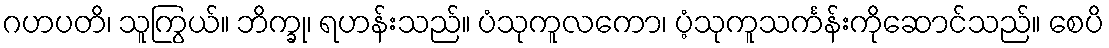
ဂဟပတိ၊ သူကြွယ်။ ဘိက္ခု၊ ရဟန်းသည်။ ပံသုကူလကော၊ ပံ့သုကူသင်္ကန်းကိုဆောင်သည်။ စေပိ